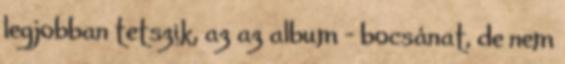
legjobban tetszik, az az album – bocsánat, de nem